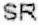
SR